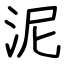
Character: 泥